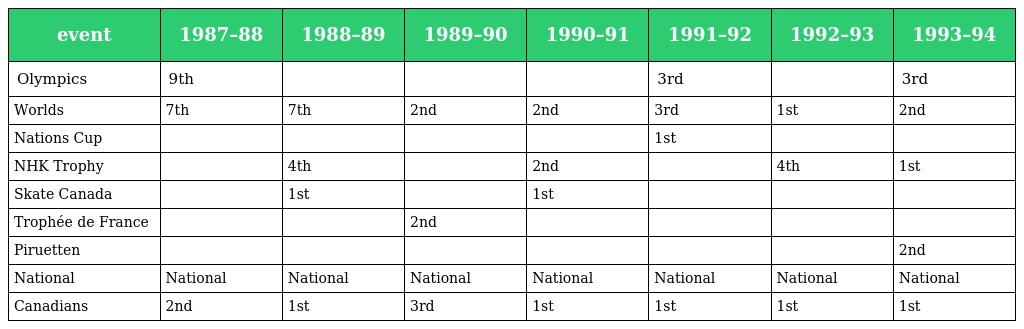
| event | 1987–88 | 1988–89 | 1989–90 | 1990–91 | 1991–92 | 1992–93 | 1993–94 |
 | --- | --- | --- | --- | --- | --- | --- | --- |
 | Olympics | 9th |  |  |  | 3rd |  | 3rd |
 | Worlds | 7th | 7th | 2nd | 2nd | 3rd | 1st | 2nd |
 | Nations Cup |  |  |  |  | 1st |  |  |
 | NHK Trophy |  | 4th |  | 2nd |  | 4th | 1st |
 | Skate Canada |  | 1st |  | 1st |  |  |  |
 | Trophée de France |  |  | 2nd |  |  |  |  |
 | Piruetten |  |  |  |  |  |  | 2nd |
 | National | National | National | National | National | National | National | National |
 | Canadians | 2nd | 1st | 3rd | 1st | 1st | 1st | 1st |